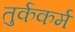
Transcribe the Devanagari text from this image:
तुर्ककर्म